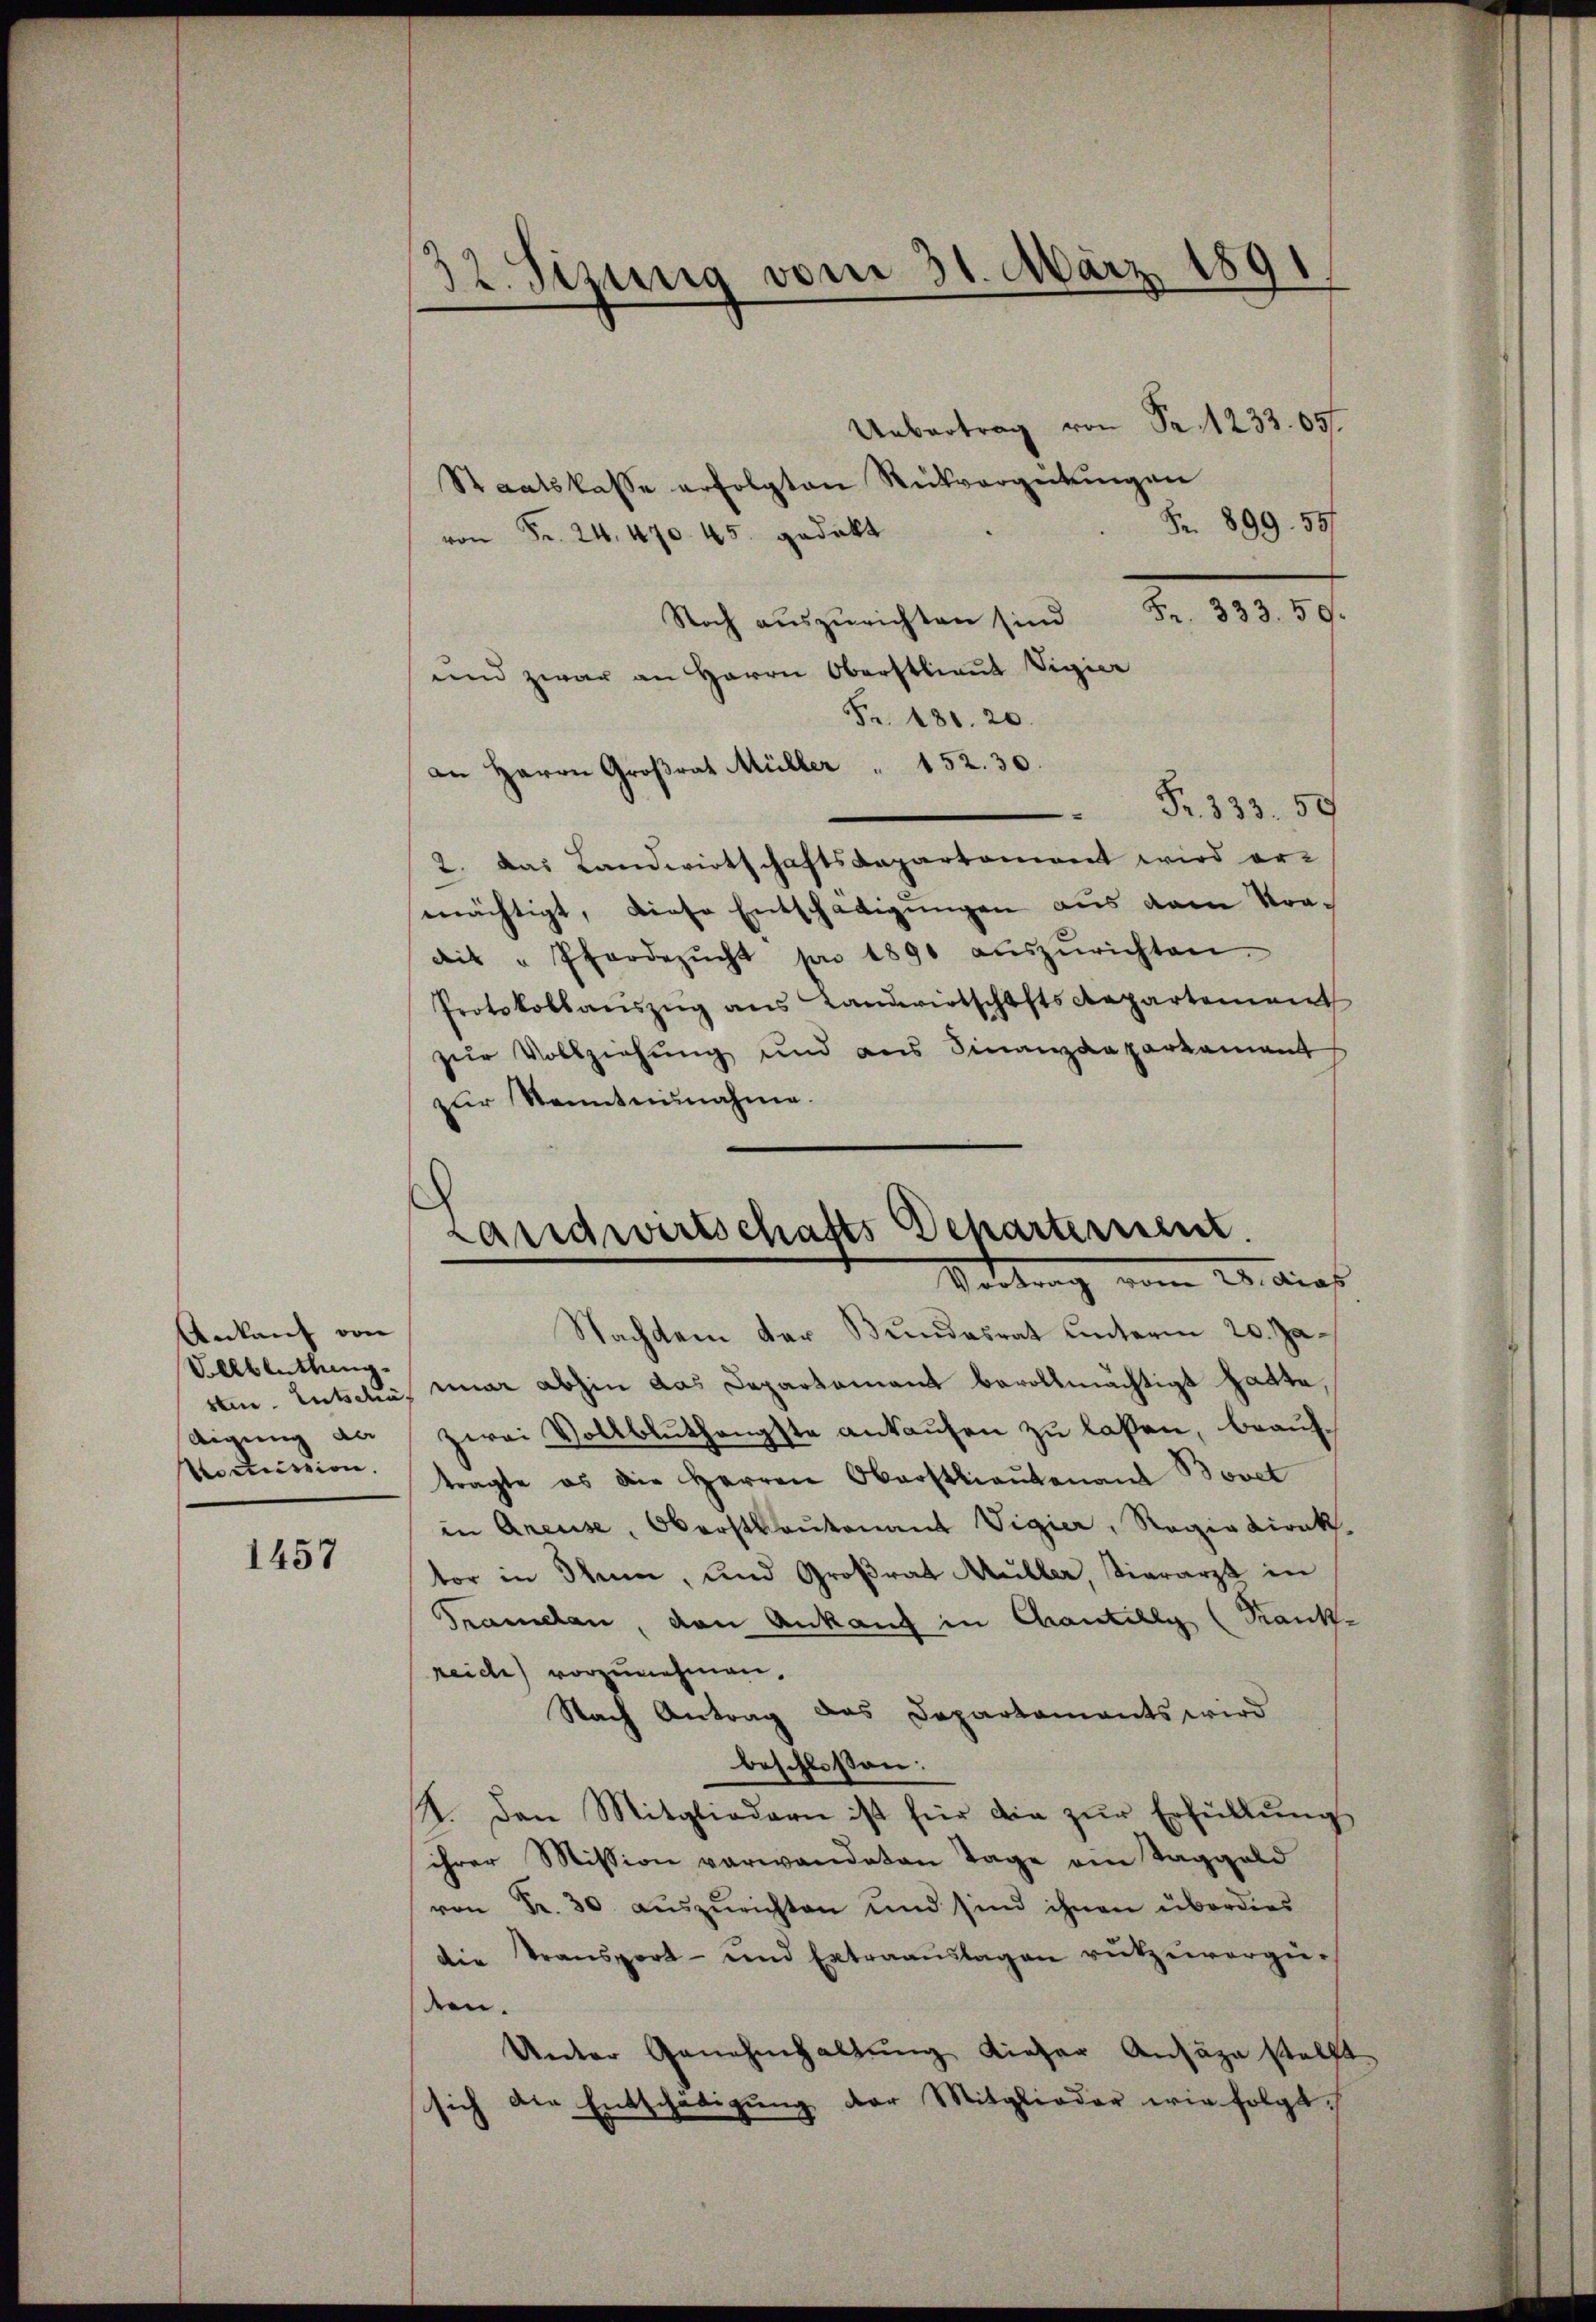
Ankauf von
Vllblüthung
digung an
Aoctrission.

1457

32. Sizung vom 31. März 1891
Uebertrag von Fr. 1233. 657

Staatskasse erfolgten Rückvergütungen
Fr. 899. 597
von Fr. 24. 470. 45. gedeckt
R. 210. 19.
Noch auszurichten sind
und zwar an Herrn Oberstlieut Vigier
Fr. 181. 20.
an Herrn Großrat Müller " 152. 30.
Fr. 333. 59
2. das Landwirtschaftsdepartament wird er-
mächtigt, diese Entschädigungen aus dem Straait "Pferdezŭcht von 1890 aŭszŭrichten.
Protokollaŭszŭg ans Landwirtschafts Repartement
zur Vollziehung und aus Finanzdepartament
zur Kenntnisnahme.
Nachdem der Bundesrat unterm 20. Jasten. Entschli, war abhin das Departement bevollmächtigt hatte,
zwei Vollbluthengste ankaufen zu laßen, beauftragte es die Herren Oberstlieutenant Bovet
in Areuse, Oberstautenant Vigier, Regia direk
tor in Thun, und Großrat Müller, Tierarzt in
Grandlen, von Ankauf in Cantilly (Kank-
reiche) vorzunehmen.
Nach Antrag das Departaments wird
beschlossen:
A. Den Mitgliedern ist für die zŭr Erfüllŭng
ihrer Mission verwandeten Tage ein Taggeld
von Fr. 30. aŭszŭrichten und sind ihnen überdies
Die Transport- und Extraaŭslagen rükzuvergüdee.
Unter Genehmhaltŭng dieser Ansäge stellt
sich die Entschädigung der Mitglieder wie folgt.

Landwirtschafts Departernent
Vortrag vom 20. dies